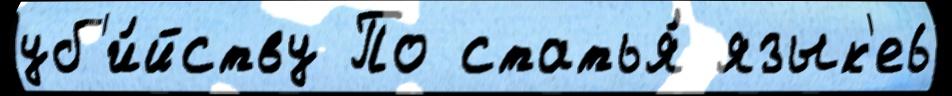
уб'и́йству По статья́ язык'е6